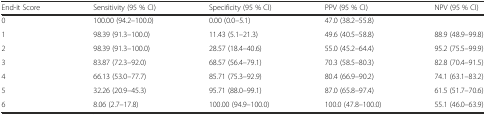
| End-it Score | Sensitivity (95 % CI) | Specificity (95 % CI) | PPV (95 % CI) | NPV (95 % CI) |
 | --- | --- | --- | --- | --- |
 | 0 | 100.00 (94.2–100.0) | 0.00 (0.0–5.1) | 47.0 (38.2–55.8) |  |
 | 1 | 98.39 (91.3–100.0) | 11.43 (5.1–21.3) | 49.6 (40.5–58.8) | 88.9 (48.9–99.8) |
 | 2 | 98.39 (91.3–100.0) | 28.57 (18.4–40.6) | 55.0 (45.2–64.4) | 95.2 (75.5–99.9) |
 | 3 | 83.87 (72.3–92.0) | 68.57 (56.4–79.1) | 70.3 (58.5–80.3) | 82.8 (70.4–91.5) |
 | 4 | 66.13 (53.0–77.7) | 85.71 (75.3–92.9) | 80.4 (66.9–90.2) | 74.1 (63.1–83.2) |
 | 5 | 32.26 (20.9–45.3) | 95.71 (88.0–99.1) | 87.0 (65.8–97.4) | 61.5 (51.7–70.6) |
 | 6 | 8.06 (2.7–17.8) | 100.00 (94.9–100.0) | 100.0 (47.8–100.0) | 55.1 (46.0–63.9) |